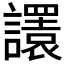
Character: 𧭴